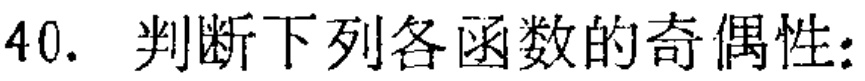
40. 判断下列各函数的奇偶性：